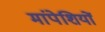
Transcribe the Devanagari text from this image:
मांपेशियों